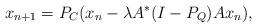
LaTeX: \begin{align*} x_{n+1}=P_{C}(x_{n}-\lambda A^{*}(I-P_{Q})Ax_{n}), \end{align*}